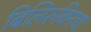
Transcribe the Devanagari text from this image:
बिलिरुबिनचा